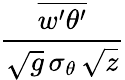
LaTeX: \frac{\overline{{w^{\prime}\theta^{\prime}}}}{\sqrt{g}\, \sigma_{\theta}\, \sqrt{z}}